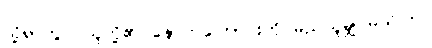
သို့ရာတွင် သူတို့၏ နောက်ကြောင်းကို မည်သူမျှ မသိကြ။